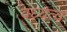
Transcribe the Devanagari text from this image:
वंध्यत्व